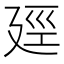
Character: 𪪯